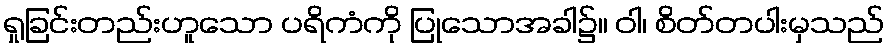
ရှုခြင်းတည်းဟူသော ပရိကံကို ပြုသောအခါ၌။ ဝါ၊ စိတ်တပါးမှသည်